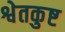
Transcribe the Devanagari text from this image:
श्वेतकुष्ट